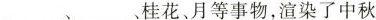
___、___、桂花、月等事物，渲染了中秋